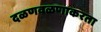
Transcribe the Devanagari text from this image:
दळणवळणाकरता